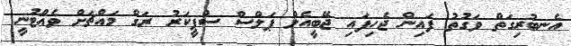
އެނބުރިގަތް ވަގުތު ފައިން ޖެހިފައި ޖޭބީއެލް ޕަލްސް ސްޕީކަރު ރަގް މައްޗަށް ވެއްޓުނީ